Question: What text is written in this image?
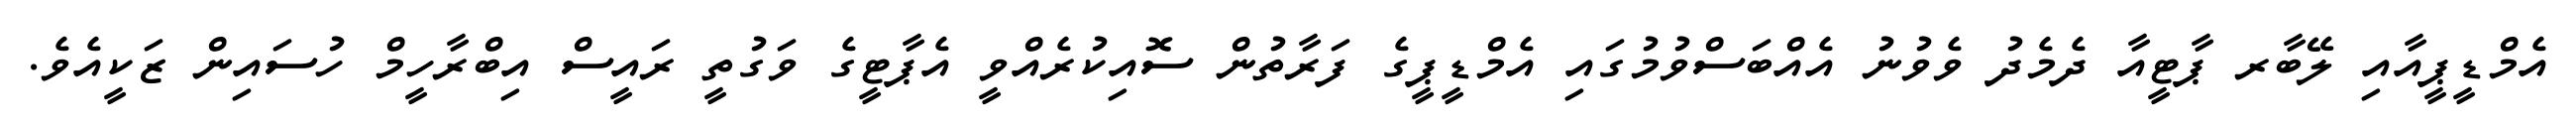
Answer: އެމްޑީޕީއާއި ލޭބާރ ޕާޓީއާ ދެމެދު ވެވުނު އެއްބަސްވުމުގައި އެމްޑީޕީގެ ފަރާތުން ސޮއިކުރެއްވީ އެޕާޓީގެ ވަގުތީ ރައީސް އިބްރާހީމް ހުސައިން ޒަކީއެވެ.